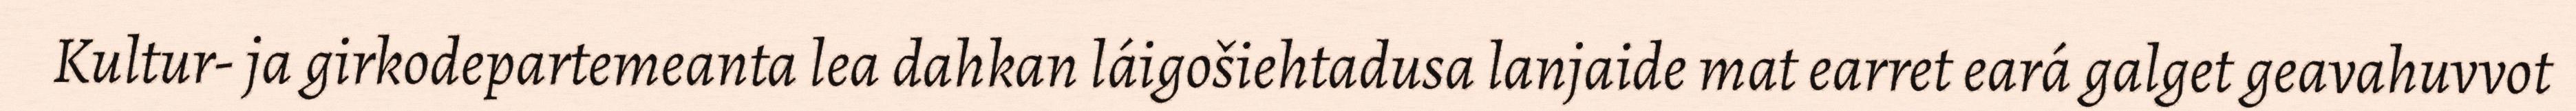
Kultur- ja girkodepartemeanta lea dahkan láigošiehtadusa lanjaide mat earret eará galget geavahuvvot